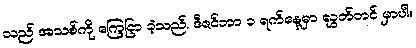
သည် အသစ်ကို ကြေငြာ ခဲ့သည်. ဒီဇင်ဘာ ၁ ရက်နေ့မှာ လွှတ်တင် မှာပါ။